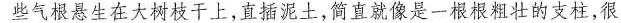
些气根悬生在大树枝干上，直插泥土，简直就像是一根根粗壮的支柱，很